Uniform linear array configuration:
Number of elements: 8
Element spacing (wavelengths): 0.75
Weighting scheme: binomial
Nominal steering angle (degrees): -45
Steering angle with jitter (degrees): -45.582
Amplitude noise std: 0.05
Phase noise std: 0.05

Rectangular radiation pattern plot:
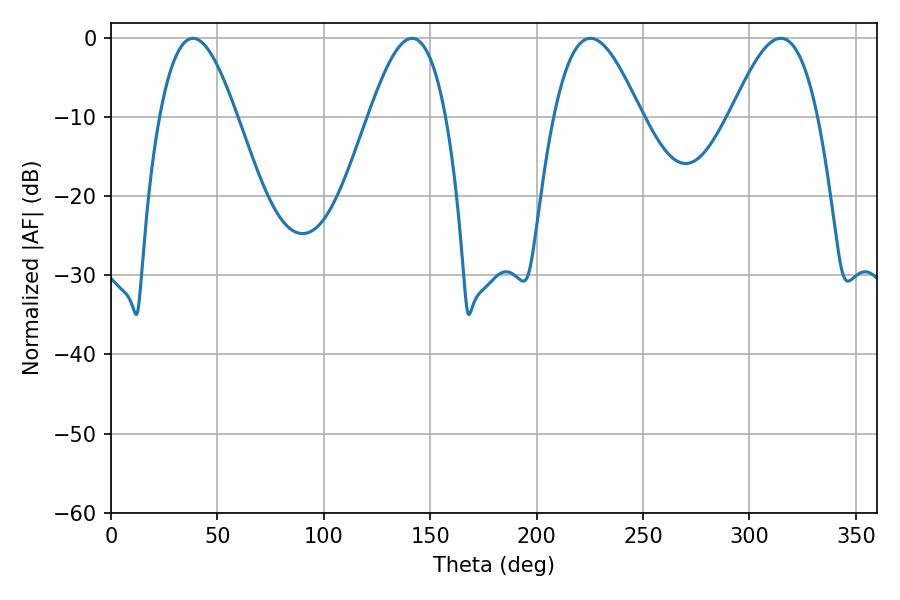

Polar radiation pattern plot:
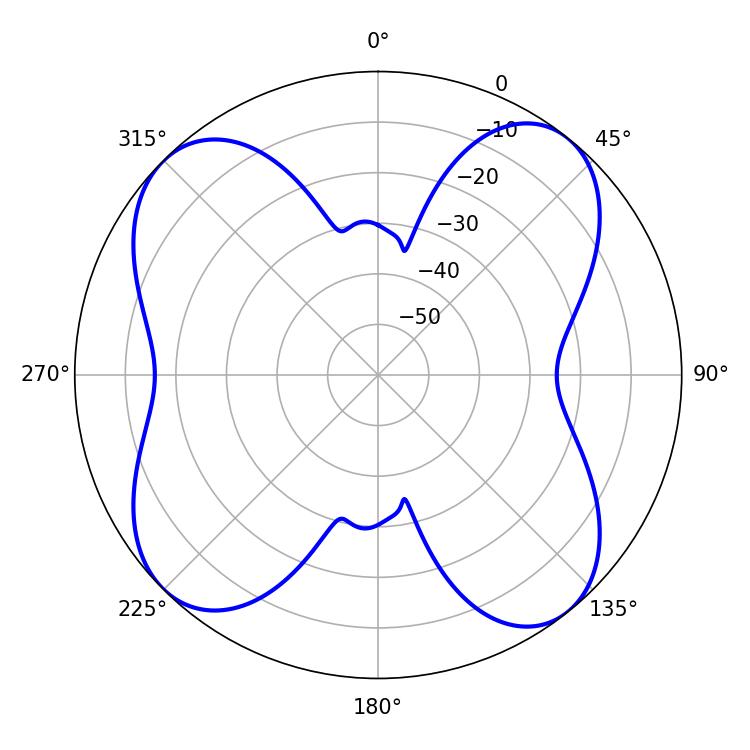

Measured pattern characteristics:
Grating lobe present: TRUE
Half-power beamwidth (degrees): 19.62
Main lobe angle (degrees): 38.52